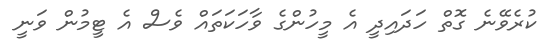
ކުރެވޭނެ ގޮތް ހަދައިދީ އެ މީހުންގެ ވާހަކަތައް ވެސް އެ ޓީމުން ވަނީ